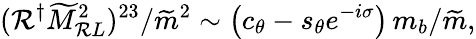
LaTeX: (\mathcal{R}^{\dagger}\widetilde{M}_{\mathcal{R}L}^{2})^{23}/{\widetilde{m}^{2}}\sim\left(c_{\theta}-s_{\theta}e^{-i\sigma}\right)\, m_{b}/\widetilde{m},